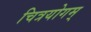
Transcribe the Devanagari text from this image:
चित्रयोगम्